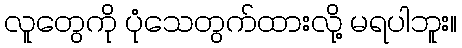
လူတွေကို ပုံသေတွက်ထားလို့ မရပါဘူး။